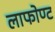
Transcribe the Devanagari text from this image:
लाफोण्ट